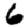
Digit: 6